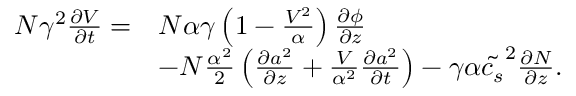
\begin{array} { r l } { N \gamma ^ { 2 } \frac { \partial V } { \partial t } = } & { N \alpha \gamma \left( 1 - \frac { V ^ { 2 } } { \alpha } \right) \frac { \partial \phi } { \partial z } } \\ & { - N \frac { \alpha ^ { 2 } } { 2 } \left( \frac { \partial a ^ { 2 } } { \partial z } + \frac { V } { \alpha ^ { 2 } } \frac { \partial a ^ { 2 } } { \partial t } \right) - \gamma \alpha \tilde { c _ { s } } ^ { 2 } \frac { \partial N } { \partial z } . } \end{array}